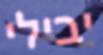
יבילי